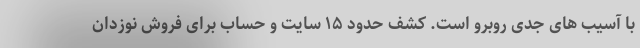
با آسیب های جدی روبرو است. کشف حدود ۱۵ سایت و حساب برای فروش نوزدان